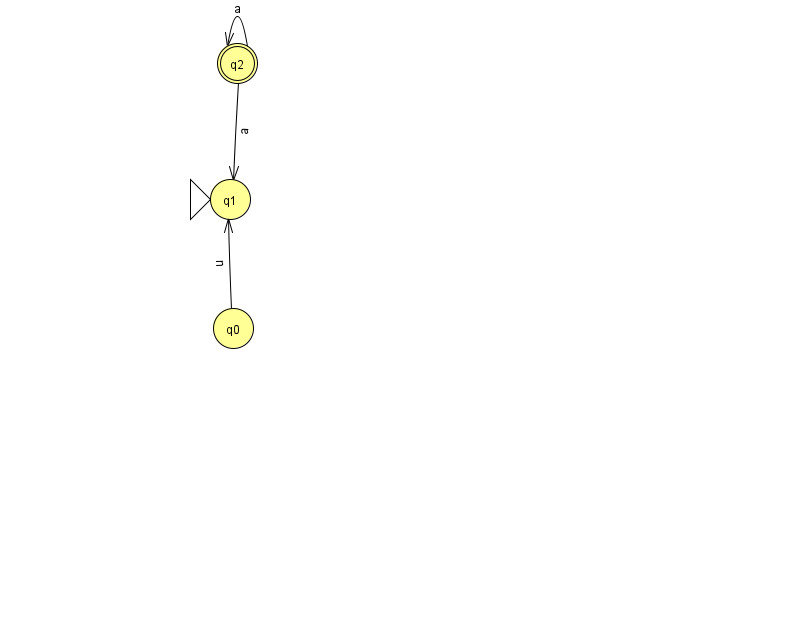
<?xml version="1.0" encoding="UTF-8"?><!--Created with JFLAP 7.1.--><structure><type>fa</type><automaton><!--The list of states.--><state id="0" name="q0"><x>233.0</x><y>315.0</y></state><state id="1" name="q1"><x>230.0</x><y>186.0</y><initial/></state><state id="2" name="q2"><x>237.0</x><y>50.0</y><final/></state><!--The list of transitions.--><transition><from>2</from><to>2</to><read>a</read></transition><transition><from>2</from><to>1</to><read>a</read></transition><transition><from>0</from><to>1</to><read>n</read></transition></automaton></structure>